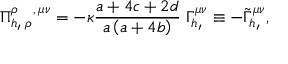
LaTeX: \Pi _ { h _ { \prime } \; \rho \, } ^ { \rho \; \; \; \; , \, \mu \nu } = - \kappa \frac { a + 4 c + 2 d } { a \left( a + 4 b \right) } \; \Gamma _ { h _ { \prime } } ^ { \mu \nu } \equiv - \tilde { \Gamma } _ { h _ { \prime } } ^ { \mu \nu } ,